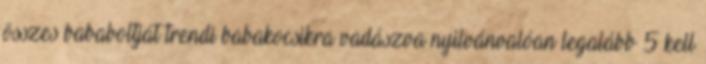
összes bababoltját trendi babakocsikra vadászva nyilvánvalóan legalább 5 kell